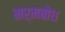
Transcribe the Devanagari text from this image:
मर्मबोध